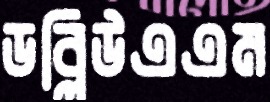
ডব্লিউএএম